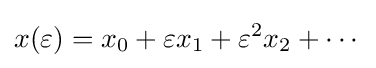
x(\varepsilon )=x_{0}+\varepsilon x_{1}+\varepsilon ^{2}x_{2}+\cdots